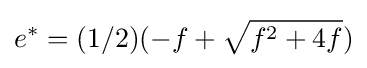
e^{*}=(1/2)(-f+{\sqrt {f^{2}+4f}})